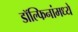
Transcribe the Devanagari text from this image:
डॉल्फिनांमध्ये